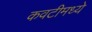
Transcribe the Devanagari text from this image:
कवटीमध्ये